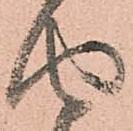
由